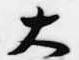
大